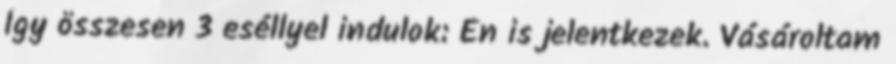
Így összesen 3 eséllyel indulok: Én is jelentkezek. Vásároltam